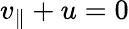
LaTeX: v_{\parallel}+u=0